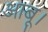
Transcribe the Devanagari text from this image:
आबू।